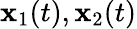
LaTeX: {\mathbf x}_{1}(t),{\mathbf x}_{2}(t)